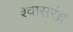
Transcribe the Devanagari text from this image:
श्वासरंध्र